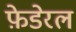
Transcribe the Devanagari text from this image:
फ़ेडेरल